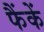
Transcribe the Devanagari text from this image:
फैंकें